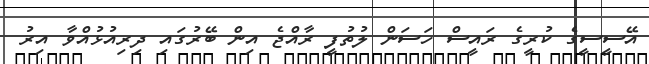
އޭސީސީގެ ކުރީގެ ރައީސް ހަސަން ލުތުފީ ރާއްޖެ އިން ބޭރުގައި ދިރިއުޅުއްވާ އިރު